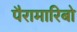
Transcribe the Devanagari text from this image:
पैरामारिबो